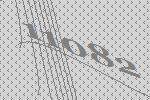
11082